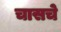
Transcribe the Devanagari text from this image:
चासचे